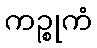
ကဉ္စုကံ